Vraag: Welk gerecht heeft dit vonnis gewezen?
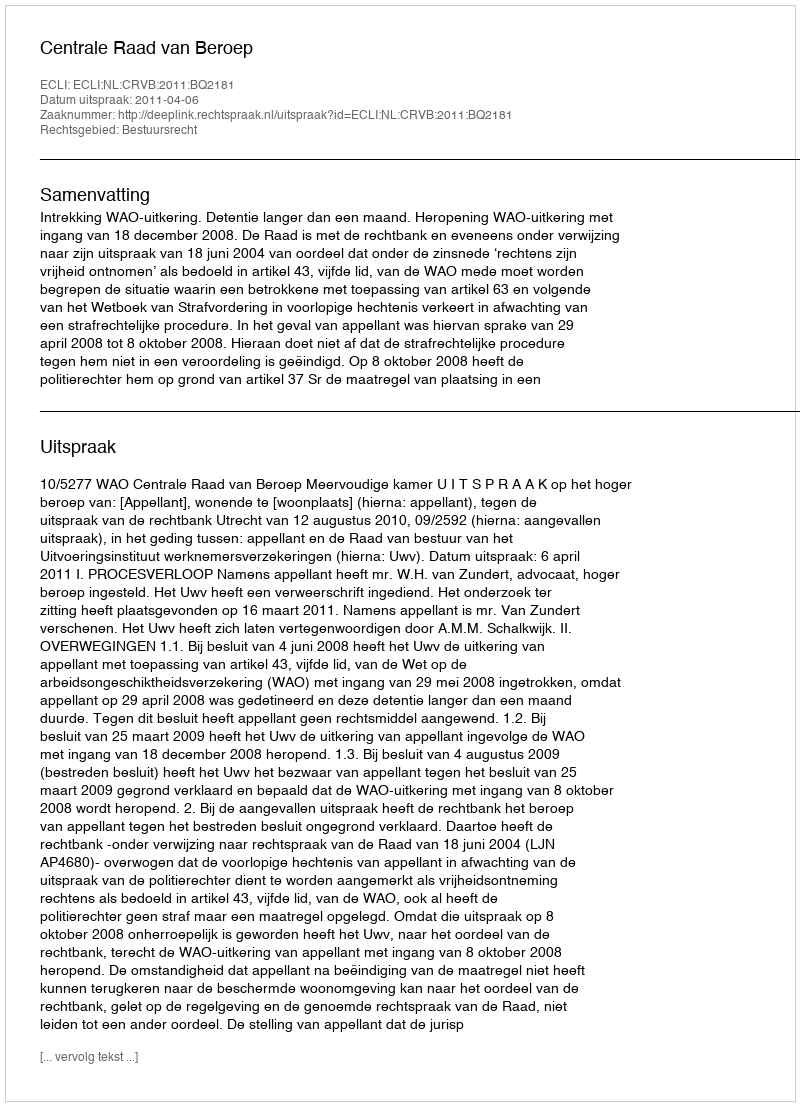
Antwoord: Centrale Raad van Beroep